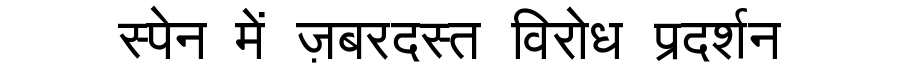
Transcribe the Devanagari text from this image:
स्पेन में ज़बरदस्त विरोध प्रदर्शन